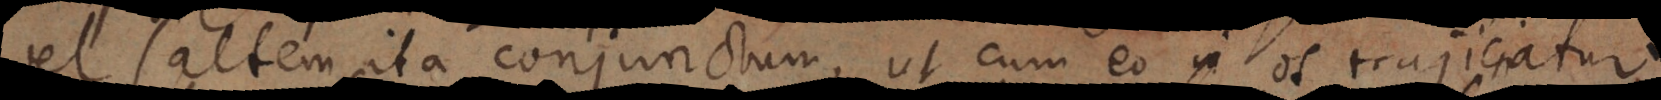
el saltem ita conjunctum, ut cum eo in os trajiciatur.